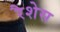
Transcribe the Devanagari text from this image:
रैशेस